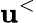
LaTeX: \mathbf{u}^{<}